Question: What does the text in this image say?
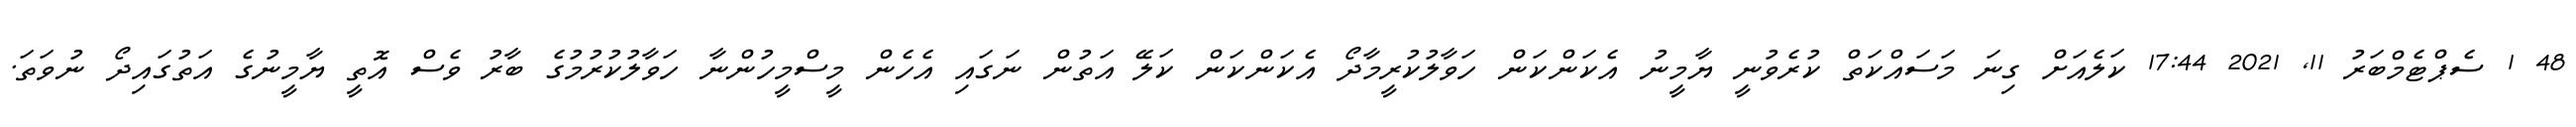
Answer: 48 1 ސެޕްޓެމްބަރު 11, 2021 17:44 ކަލެއަށް ގިނަ މަސައްކަތް ކުރެވުނީ ޔާމީނު އެކަންކަން ހަވާލުކުރީމާދޯ އެކަންކަން ކަލޭ އަތުން ނަގައި އެހެން މީސްމީހުންނާ ހަވާލުކުރުމުގެ ބާރު ވެސް އޮތީ ޔާމީނުގެ އަތުގައިދޯ ނުވަތަ.